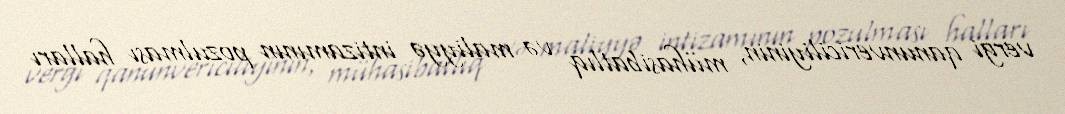
vergi qanunvericiliyinin, mühasibatlıq və maliyyə intizamının pozulması halları